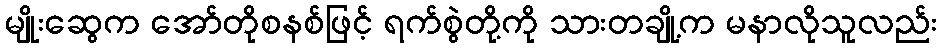
မျိုးဆွေက အော်တိုစနစ်ဖြင့် ရက်စွဲတို့ကို သားတချို့က မနာလိုသူလည်း